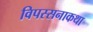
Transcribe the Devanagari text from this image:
विपस्सनाकथा